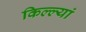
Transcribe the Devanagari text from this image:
किल्ल्यां